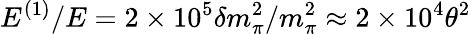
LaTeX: E^{(1)}/E=2\times 10^{5}\delta m_{\pi}^{2}/m_{\pi}^{2}\approx 2\times 10^{4}\theta^{2}